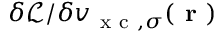
\delta \mathcal { L } / \delta v _ { \mathrm { ~ x ~ c ~ } , \sigma } ( \boldsymbol { \textbf { r } } )